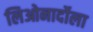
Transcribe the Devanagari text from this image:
लिओनार्दोला